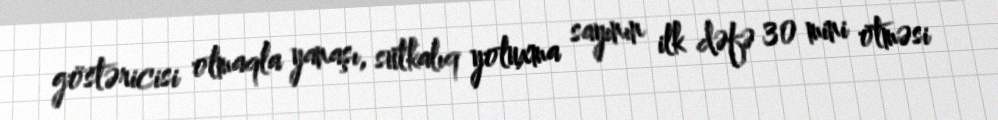
göstəricisi olmaqla yanaşı, sutkalıq yoluxma sayının ilk dəfə 30 mini ötməsi